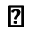
\pmb { \triangleright }